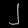
Digit: ၂